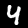
Digit: 4